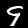
Digit: 9